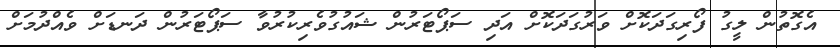
އެގޮތުން ލީގު ފޯރިގަދަކޮށް ވަރުގަދަކޮށް އަދި ސަޕޯޓަރުން ޝައުގުވެރިކުރުވާ ސަޕޯޓަރުން ދަނޑަށް ވެއްދުމަށް